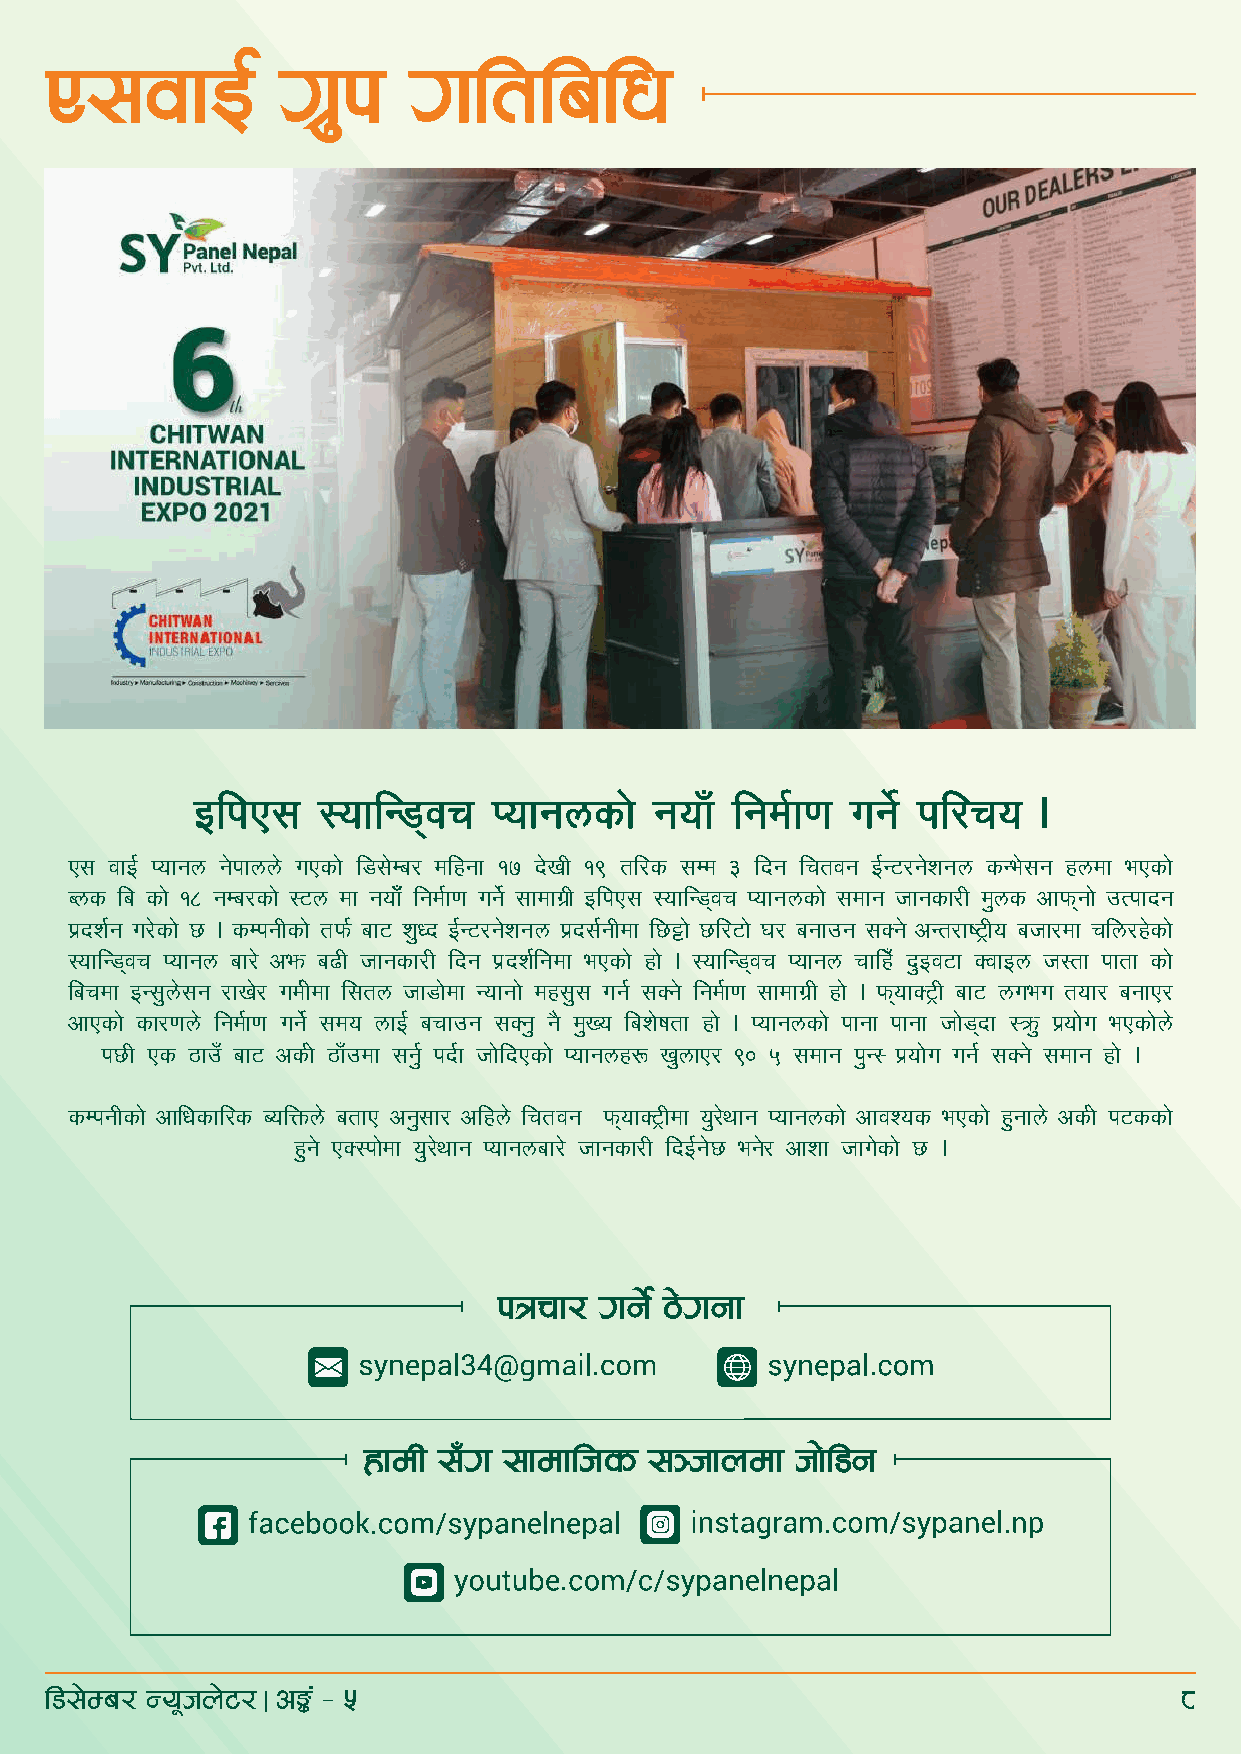
P;jfO{          u|'k    ultlalw
 OlkP;   :oflG8\jr   Kofgnsf]  gofFF lgd{f0f ug{] kl/ro  .
 P; jfO{ Kofgn g]kfnn] uPsf] l8;]Da/ dlxgf !& b]vL !( tl/s ;Dd # lbg lrtjg O{G6/g]zgn sGe];g xndf ePsf]
 Ans la sf] !* gDa/sf] :6n df gofFF lgd{f0f ug{] ;fdfu|L OlkP; :oflG8\jr Kofgnsf] ;dfg hfgsf/L d'ns cfkm\gf] pTkfbg
 k|bz{g u/]sf] 5 . sDkgLsf] tkm{ af6 z'Wb O{G6/g]zgn k|b;{gLdf l5§f] 5l/6f] 3/ agfpg ;Sg] cGt/fi6«Lo ahf/df rln/x]sf]
 :oflG8\jr Kofgn af/] cem a9L hfgsf/L lbg k|bz{lgdf ePsf] xf] . :oflG8\jr Kofgn rflxF b'Oj6f SjfOn h:tf kftf sf]
 lardf OG;'n];g /fv]/ ud{Ldf l;tn hf8f]df Gofgf] dx;'; ug{ ;Sg] lgd{f0f ;fdfu|L xf] . km\ofS6«L af6 nueu tof/ agfP/
 cfPsf] sf/0fn] lgd{f0f ug{] ;do nfO{ arfpg ;Sg' g} d'Vo laz]iftf xf] . Kofgnsf] kfgf kfgf hf]8\bf :qm' k|of]u ePsf]n]
 k5L Ps 7fpF af6 cs{f] 7fFpdf ;g{' kb{f hf]lbPsf] Kofgnx? v'nfP/ () % ;dfg k'G: k|of]u ug{ ;Sg] ;dfg xf] .
 sDkgLsf] cflwsfl/s AolQmn] atfP cg';f/ clxn] lrtjg km\ofS6«Ldf o'/]yfg Kofgnsf] cfjZos ePsf] x'gfn] cs{f] k6ssf]
 x'g] PS:kf]df o'/]yfg Kofgnaf/] hfgsf/L lbO{g]5 eg]/ cfzf hfu]sf] 5 .
 kqrf/  ug]{ 7]ugf
 xfdL ;Fu ;fdflhs   ;~hfndf   hf]l8g
 l8;]Da/ Go"hn]6/ c°+ – %                                                   *
 |